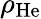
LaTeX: \rho_{\mathrm{He}}